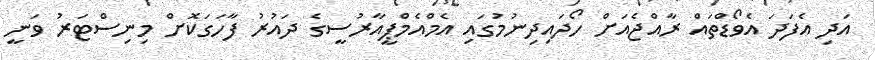
އަދި އެފަދަ އެވޯޑްތައް ރާއްޖެއަށް ހޯދައިދިނުމުގައި އެމްއެމްޕީއާރުސީގެ ދައުރު ފާހަގަކޮށް މިނިސްޓަރު ވަނީ